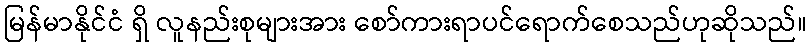
မြန်မာနိုင်ငံ ရှိ လူနည်းစုများအား စော်ကားရာပင်ရောက်စေသည်ဟုဆိုသည်။